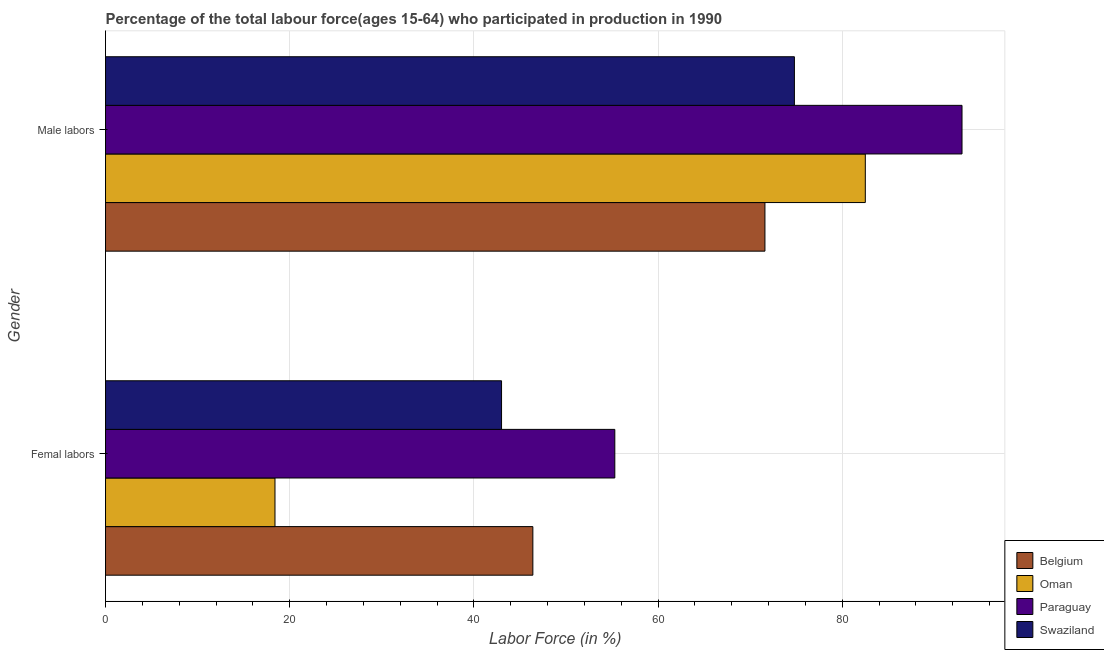
| Gender | Belgium | Oman | Paraguay | Swaziland |
 | --- | --- | --- | --- | --- |
 | Femal labors | 46.4 | 18.4 | 55.3 | 43 |
 | Male labors | 71.6 | 82.5 | 93 | 74.8 |